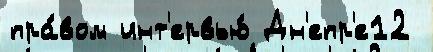
пра́вом инт'ервью́ Дн'епр'е12